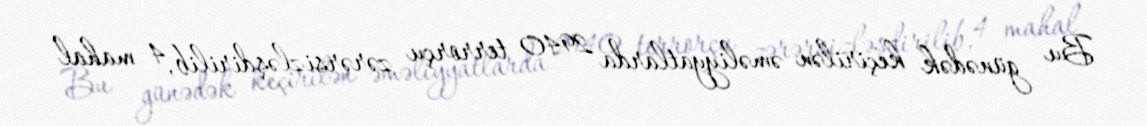
Bu günədək keçirilən əməliyyatlarda 2940 terrorçu zərərsizləşdirilib, 4 mahal